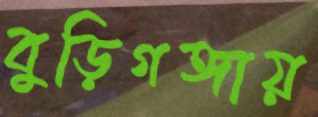
বুড়িগঙ্গায়